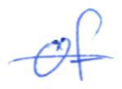
Text: of
Cross-out: single-line
Writing tool: ballpoint